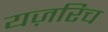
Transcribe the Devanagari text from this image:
यज़रिच